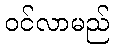
ဝင်လာမည်